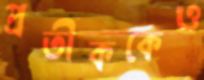
প্রতীককেও